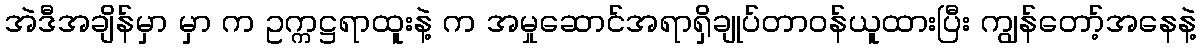
အဲဒီအချိန်မှာ မှာ က ဥက္ကဋ္ဌရာထူးနဲ့ က အမှုဆောင်အရာရှိချုပ်တာဝန်ယူထားပြီး ကျွန်တော့်အနေနဲ့